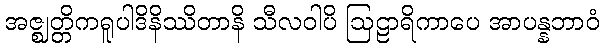
အဇ္ဈတ္တိကရူပါဒိနိဿိတာနိ သီလဝါပိ ဩဠာရိကာပေ အာပန္နဘာဝံ